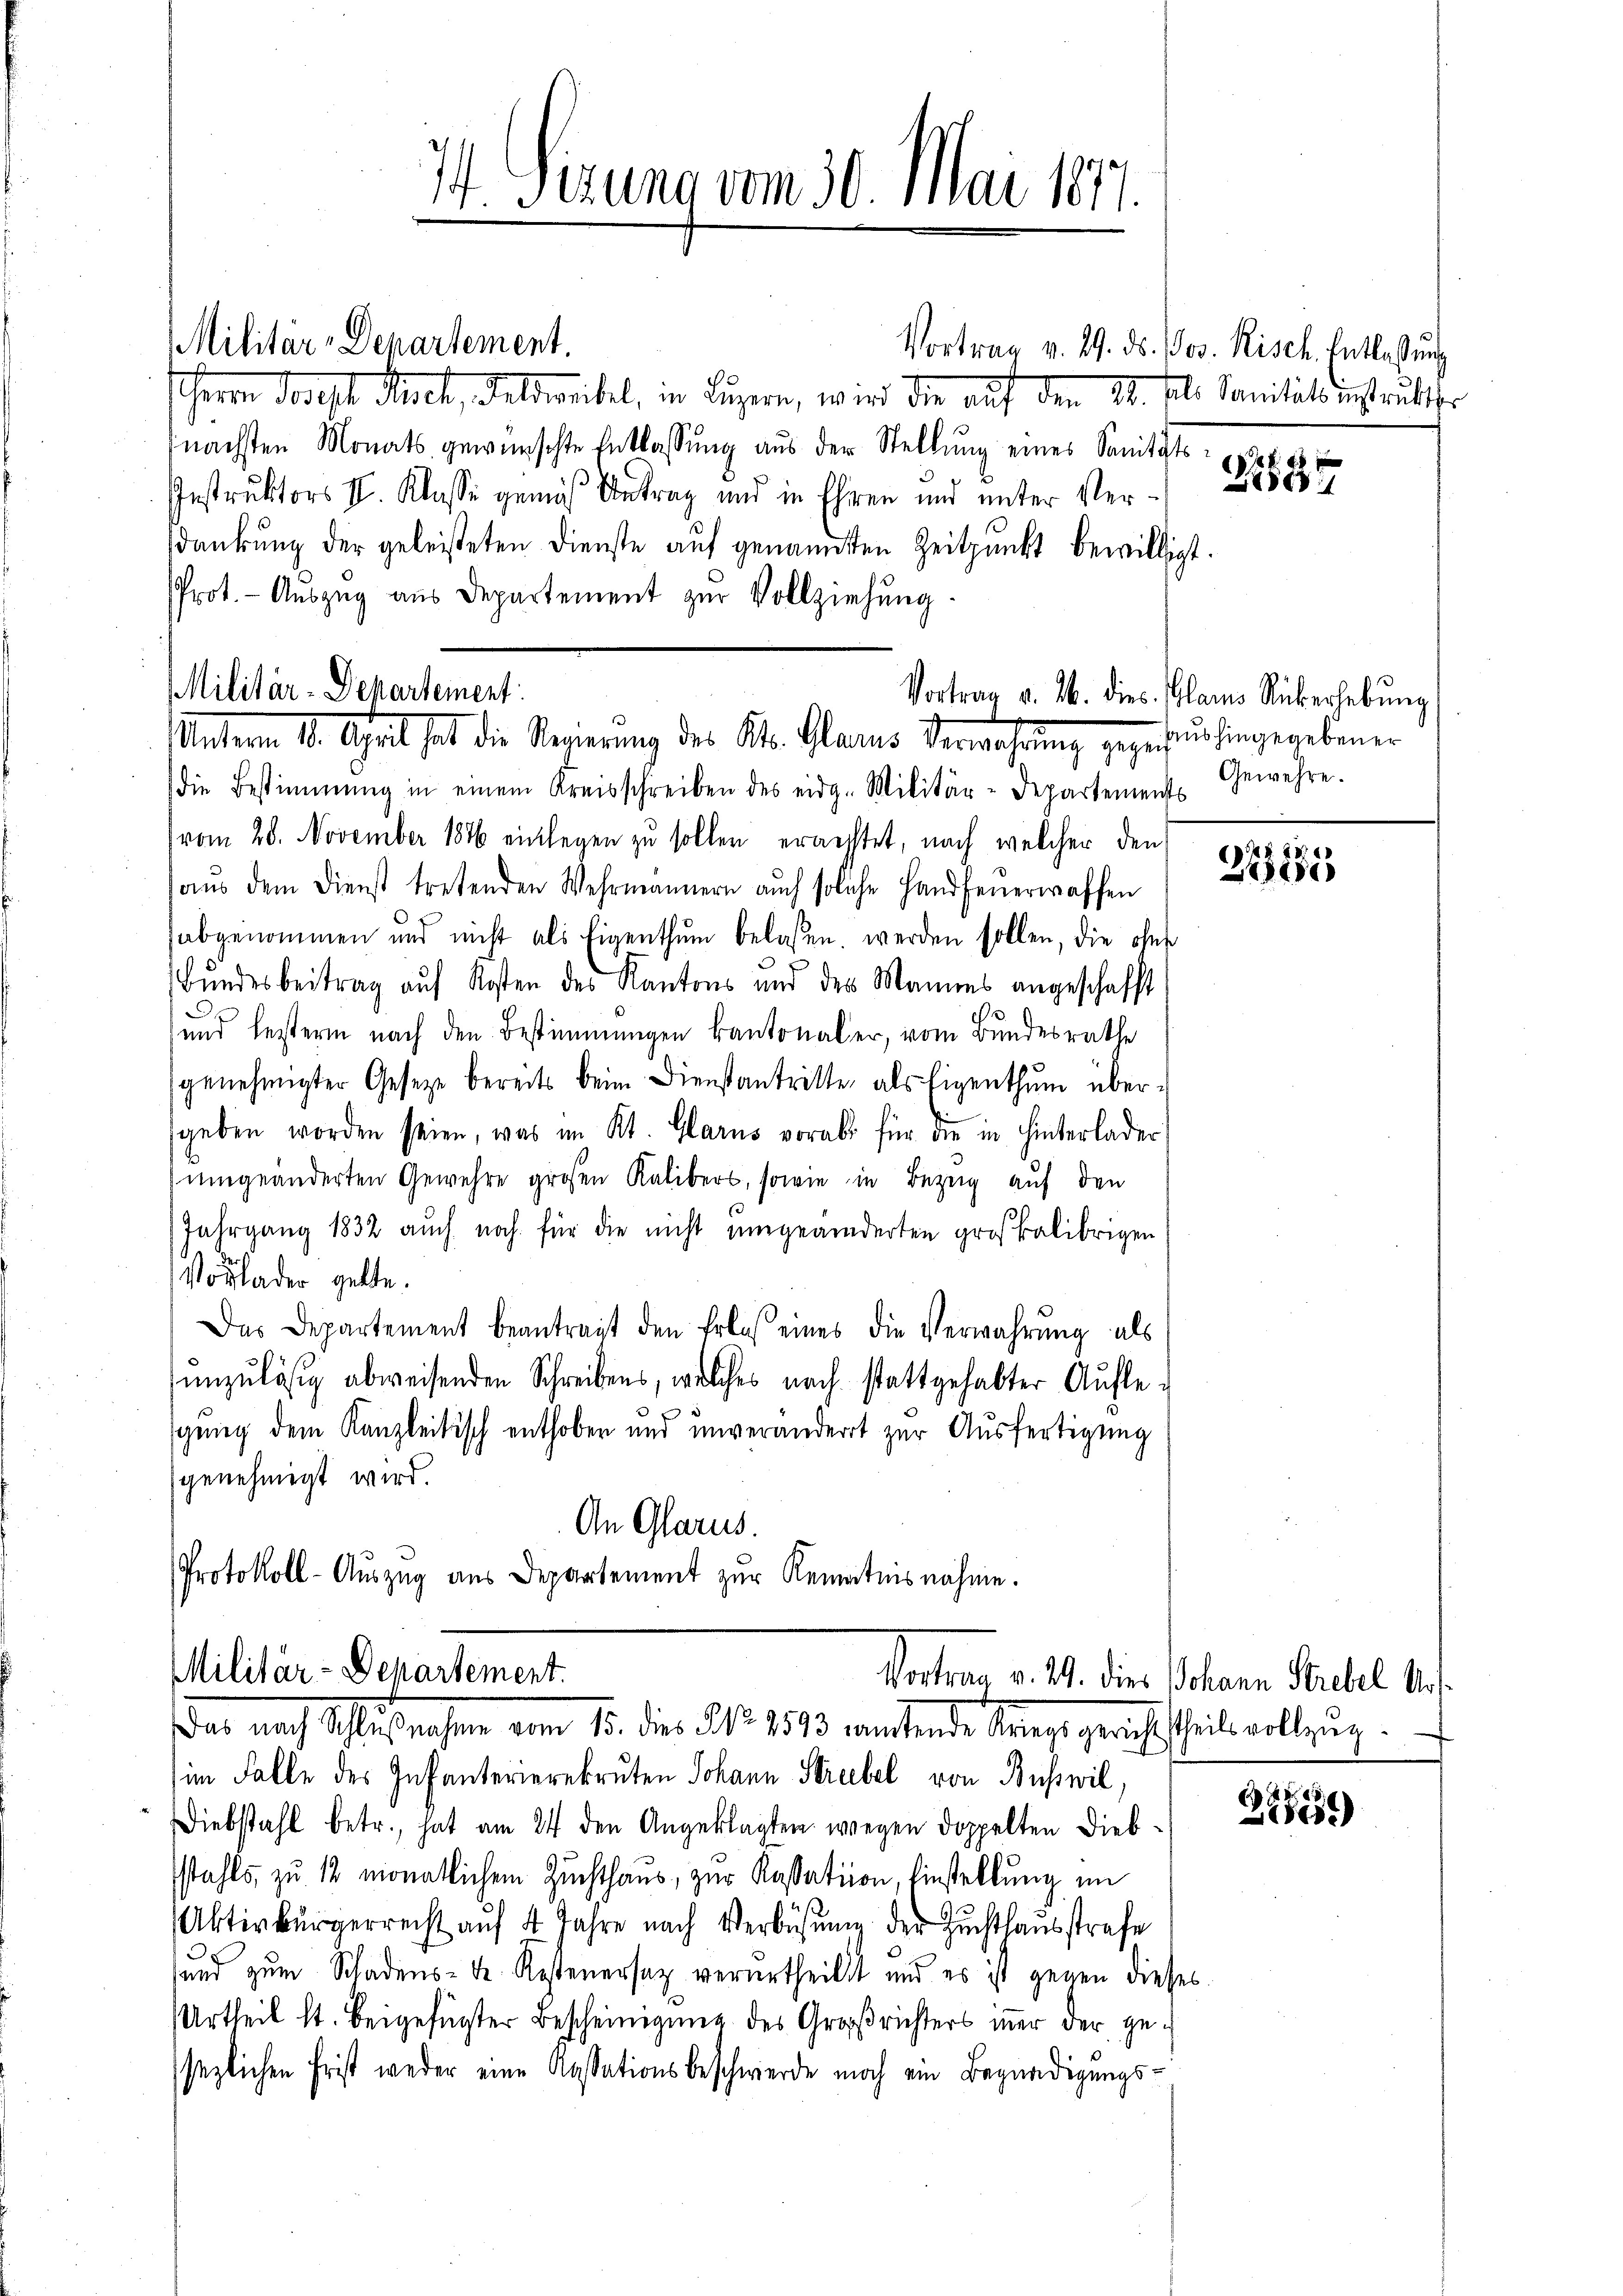
Herrn Joseph Masch, Feldweibel, in Luzern, wird die auf den 14. fl. Sanität entritter
(nächsten Monats gewünschte Entlassung aus der Stellung eines Sanitäts
Instruktors II. Klasse gemäß Antrag und in Ehren und unter Verdankung der geleisteten Dienste auf genannten Zeitpunkt bewilligt.
Prot. - Auszug aus Departement zur Vollziehung.

Militär-Departement.

1 Sizung vom 30. Mai 1877.

Militär-Departement:
Unterm 10. April hat die Regierung des St. Glarus Verwahrung gegebenhingegebenen

Militär-Departement.
dar auch Schlussesen vom 15. der §. 1. 1873 werdende Trage gerichtheil vollzug.

die Bestimmung in einem Kreisschreiben des eidg. Militär-Departements
vom 28. November 1876 einlegen zu sollen errechtet, nach welcher den
aŭs dem Dienst tretenden Wehrmannern auch solche Handfenerwaffen
abgenommen und nicht als Eigenthum belassen werden sollen, die ohne
Bundesbeitrag auf Kosten des Kantons und des Mannes angeschafft
und festern nach den Bestimmungen kantonaler, vom Bundesrathe
genehmigter Gesetze bereits beim Dienstantritte, als Eigenthŭm über-
sgeben worden seien, was im Kt. Glarus vorabs für die in hinterlader
umgeänderten Gewehre großen Kalibers, sowie in Bezug auf den
Jahrgang 1832 auch noch für die nicht umgeänderten großkalibrigen
Vorlader gelte.
Das Departement beantragt den Erlas eines die Verwahrung als
unzuläsig abweisenden Schreibens, welches nach stattgehabter Aufle-
gung dem Kanzleitisch enthoben und unverändert zur Ausfertigung
genehmigt wird.
An Glarus.
Protokoll-Auszug aus Departement zur Kenntnisnahme.

Vortrag v. 29. ds. Jos. Risch. Entlassŭng

im Falle des Infanterierekruten Johann Streibel von Busswil¬
Diebstahl betr., hat am 24 den Angeklagten wegen doppelten Diebstahls, zu 12 monatlichem Zuchthaus, zur Kassation, Einstellung im
Aktivbürgerrecht aŭf 4 Jahre nach Verbüsŭng der Zuchthausstrafe
sund zum Schadens- de Kostenersaz verurtheilet und es ist gegen dieses
Urtheil st. beigefügter Bescheinigung des Großrichters inner der gesezlichen Frist weder eine Kassationsbeschwerde noch ein Begnadigungs¬

150

Vortrag v. M. dies. Plans Rüberhebŭng
Gewehre.

(1271)
1818.

Vortrag v. 19. dies Johann Strebel Art.

8
1